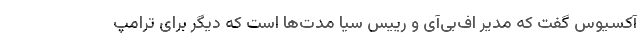
آکسیوس گفت که مدیر اف‌بی‌آی و رییس سیا مدت‌ها است که دیگر برای ترامپ